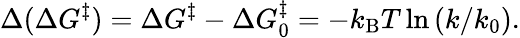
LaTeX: \Delta(\Delta G^{\ddagger})=\Delta G^{\ddagger}-\Delta G_{0}^{\ddagger}=-k_{\mathrm{B}}T\ln\left({k}/{k_{0}}\right).